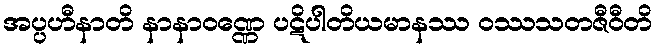
အပ္ပဟီနာတိ နာနာဝဏ္ဏေ ပဋိပါတိယမာနဿ ဝဿသတဇီဝီတိ